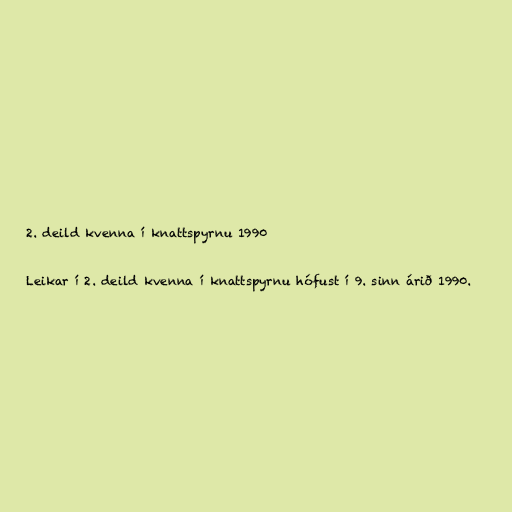
2. deild kvenna í knattspyrnu 1990

Leikar í 2. deild kvenna í knattspyrnu hófust í 9. sinn árið 1990.